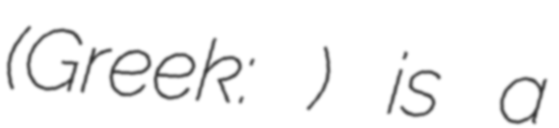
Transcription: (Greek: Στυλιανός) is a